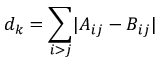
d _ { k } = \sum _ { i > j } \lvert A _ { i j } - B _ { i j } \rvert